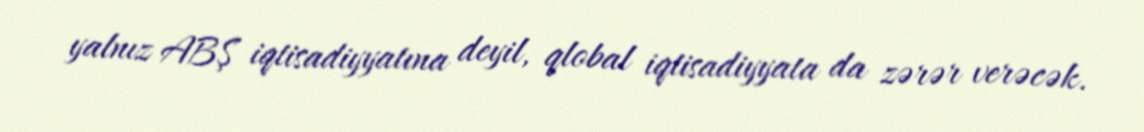
yalnız ABŞ iqtisadiyyatına deyil, qlobal iqtisadiyyata da zərər verəcək.